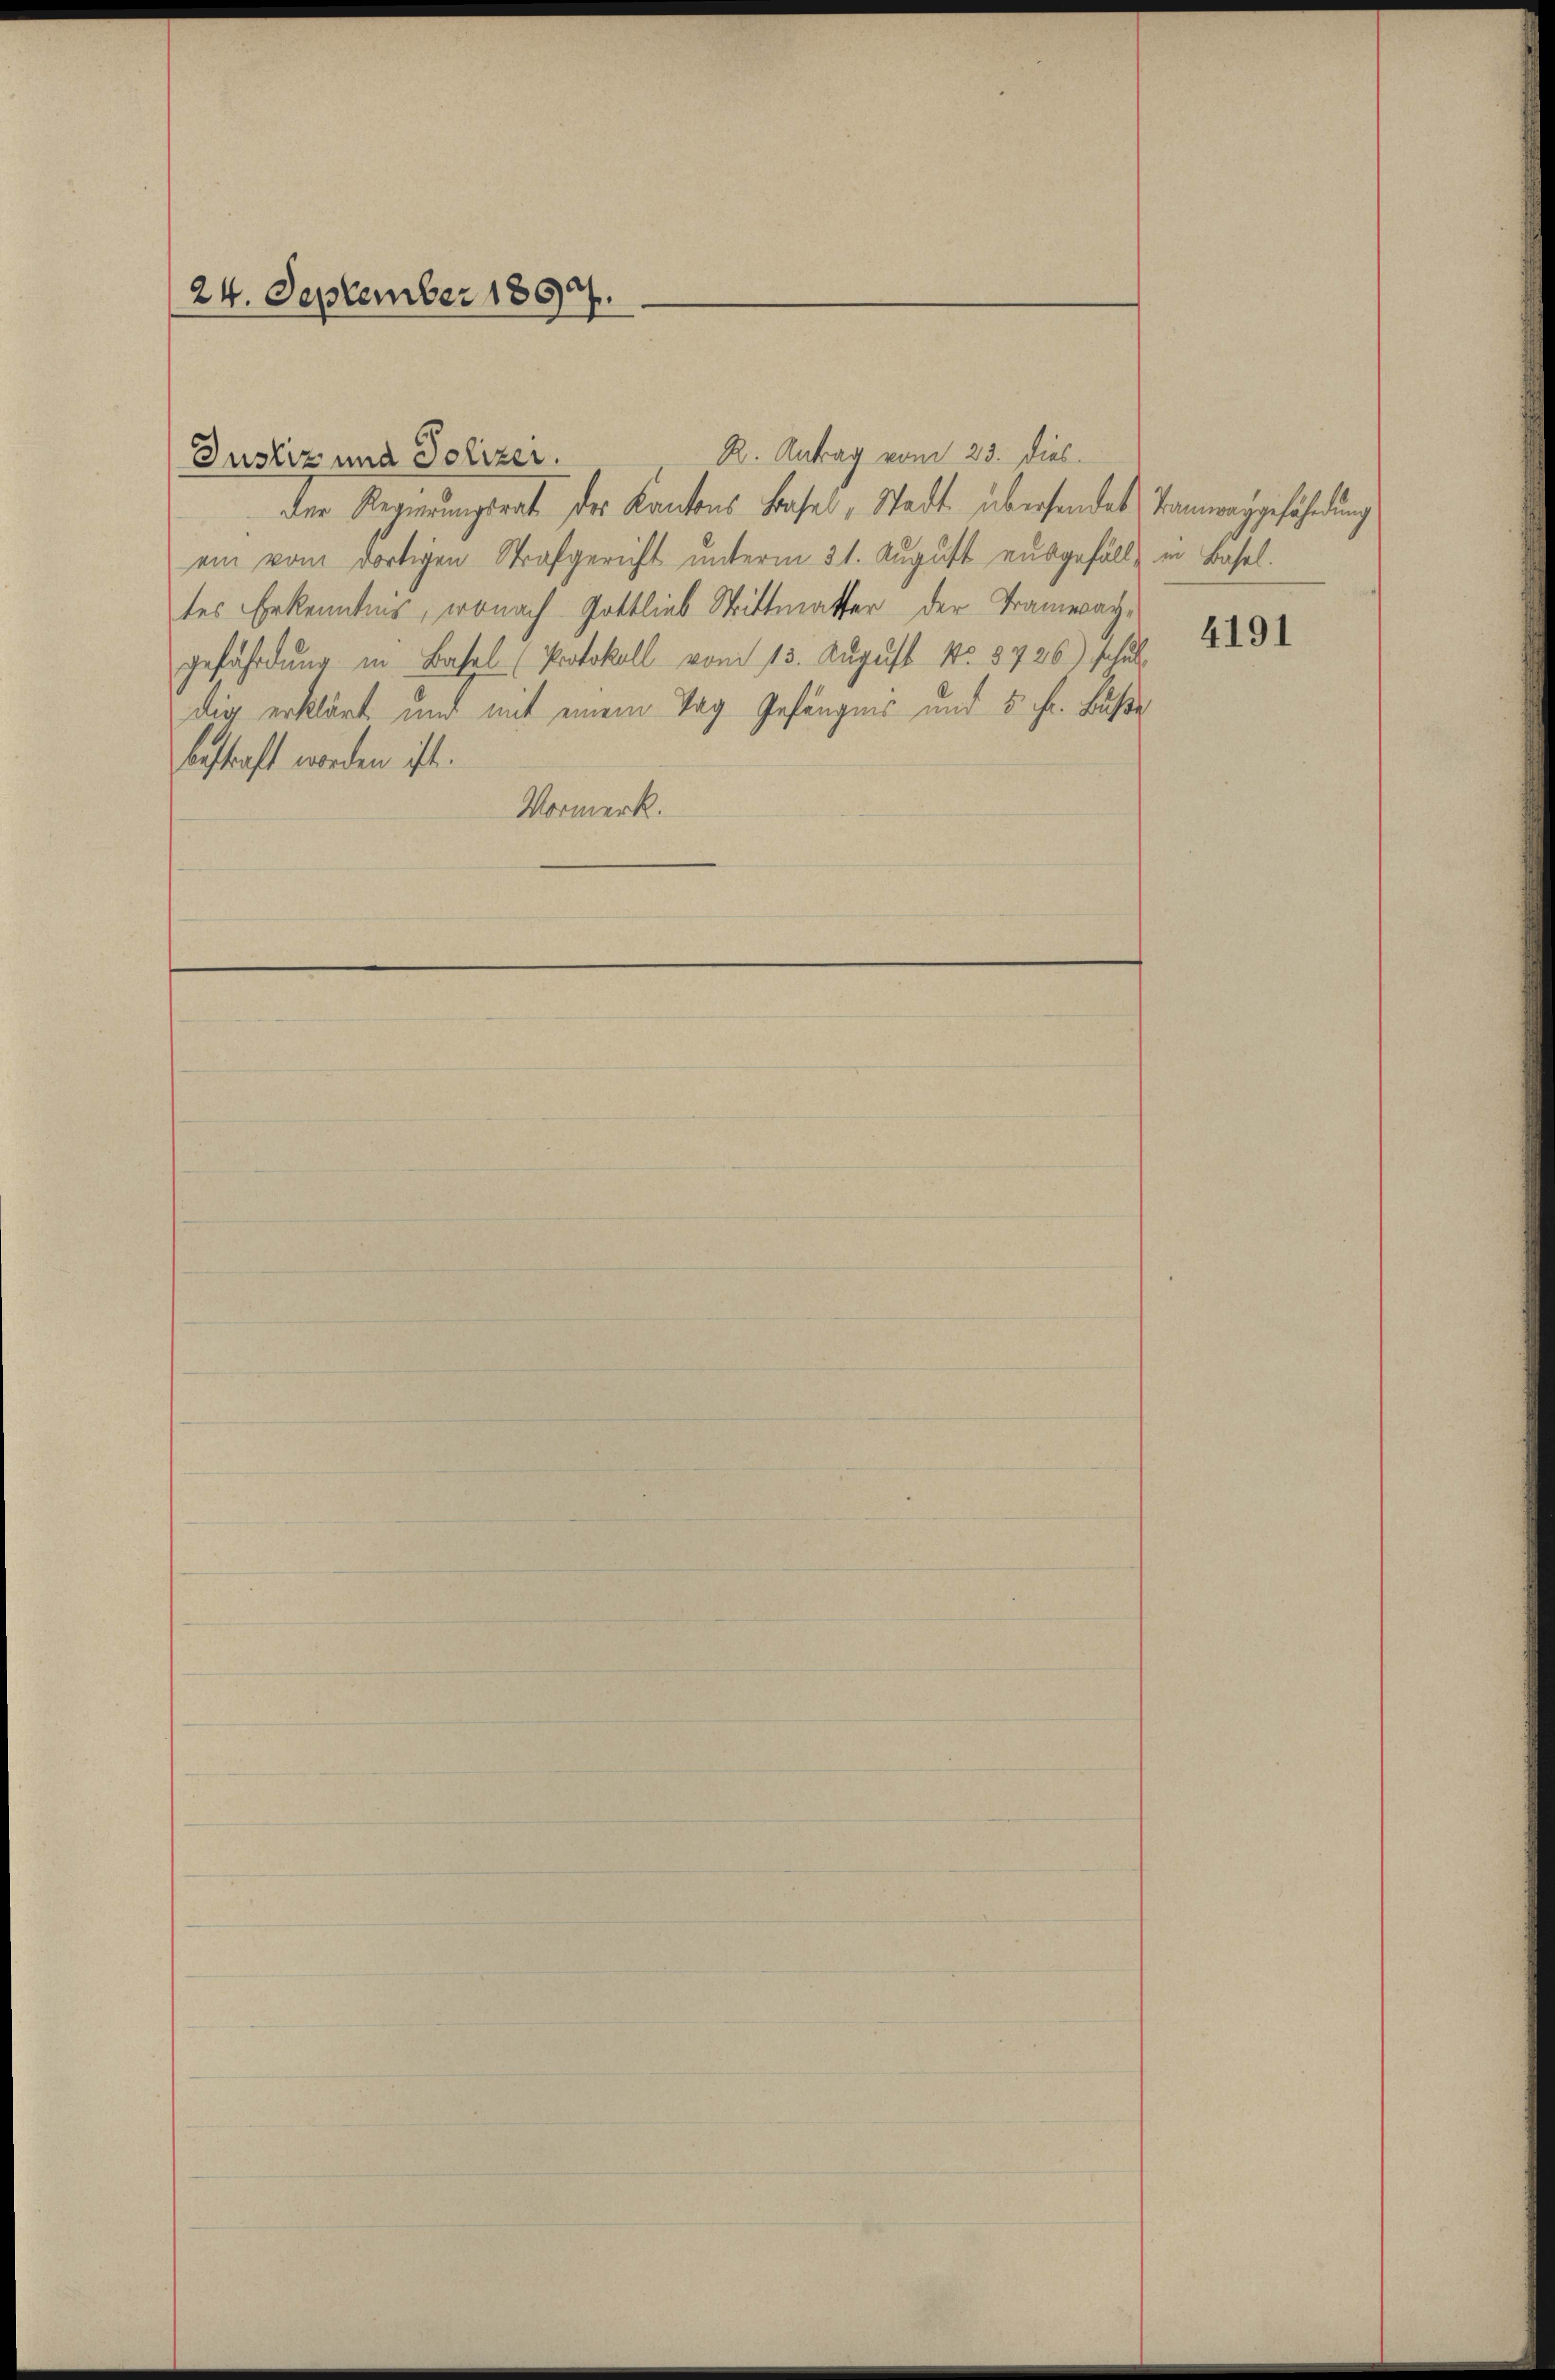
R. Antrag vom 23. Dies
Justiz und Polizei.
der Regierungsrat der Kantons Basel, Stadt übersendet. Bannweggefährdung
ein vom dortigen Strafgericht unterm 31. August ausgefällt in Basel.
tes Erkenntnis, wonach Gottlieb Strittmatter der Tramwachgefährdung in Basel (Protokoll vom 13. August No. 5726) schuldig erklärt und mit einem Tag Gefängnis und 5. fr. Buße
bestraft worden ist.
Vormerk.

24. September 1857.

4191